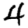
Digit: 4